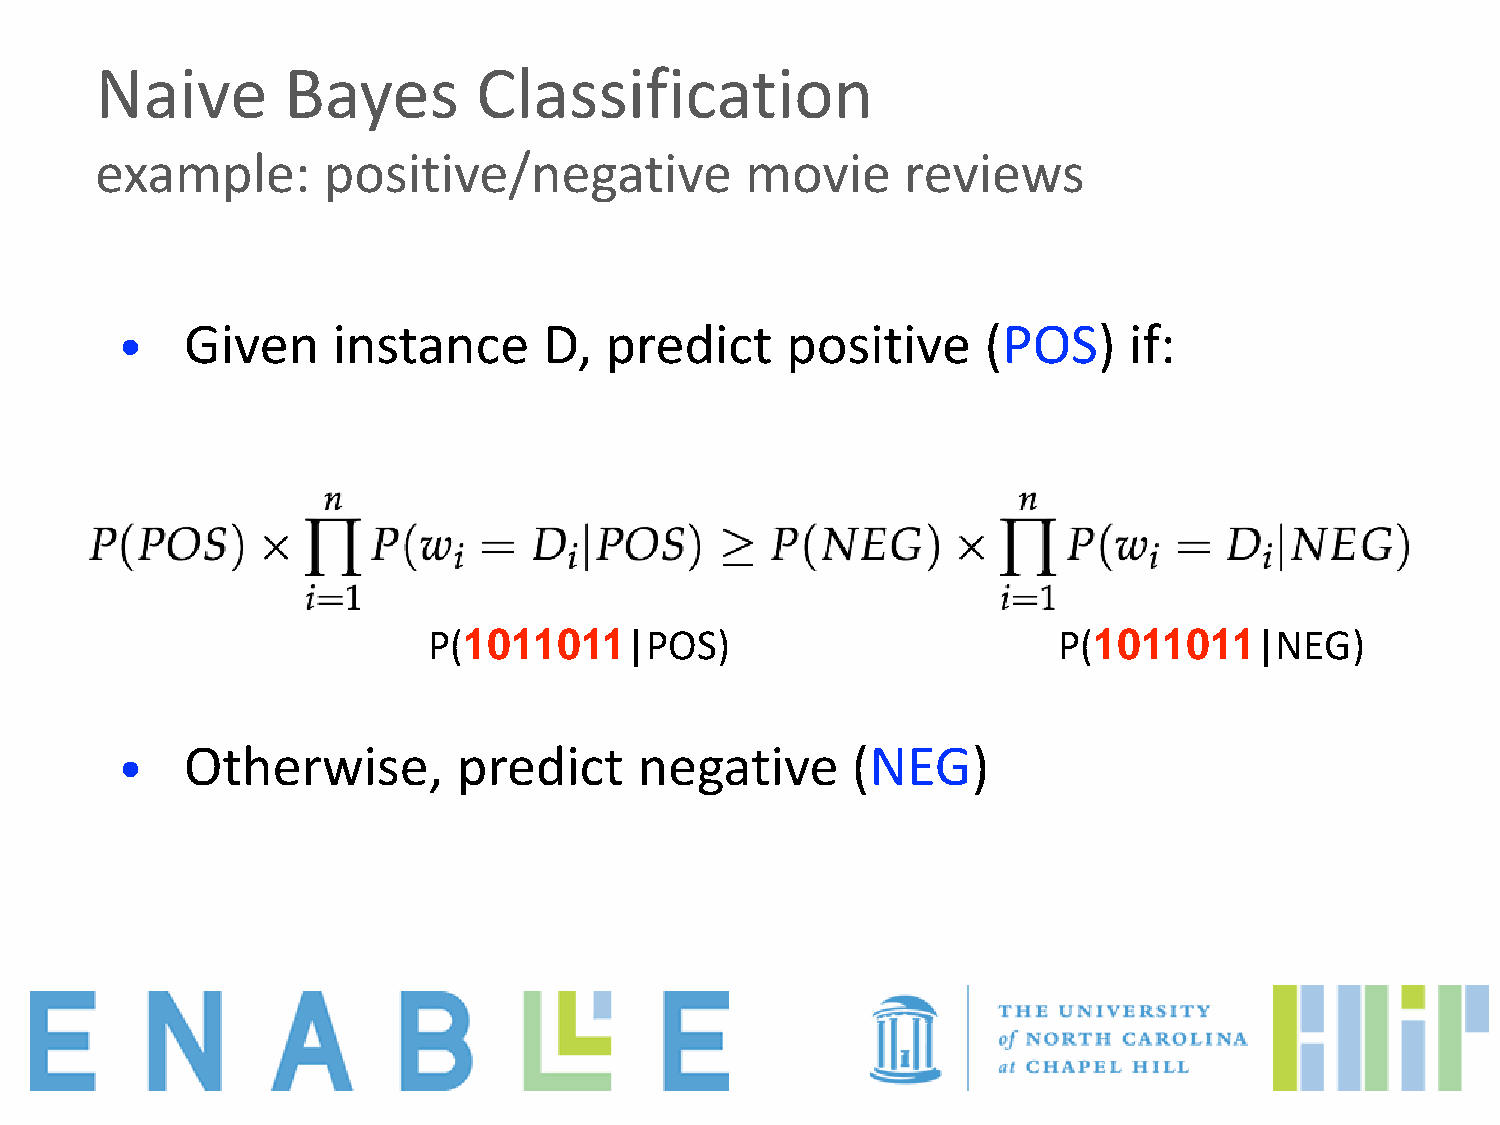
Naive        Bayes        Classification
 example:       positive/negative           movie      reviews
 •   Given     instance      D,  predict     positive     (POS)     if:
 P(1011011|POS)                            P(1011011|NEG)
 •   Otherwise,        predict     negative      (NEG)